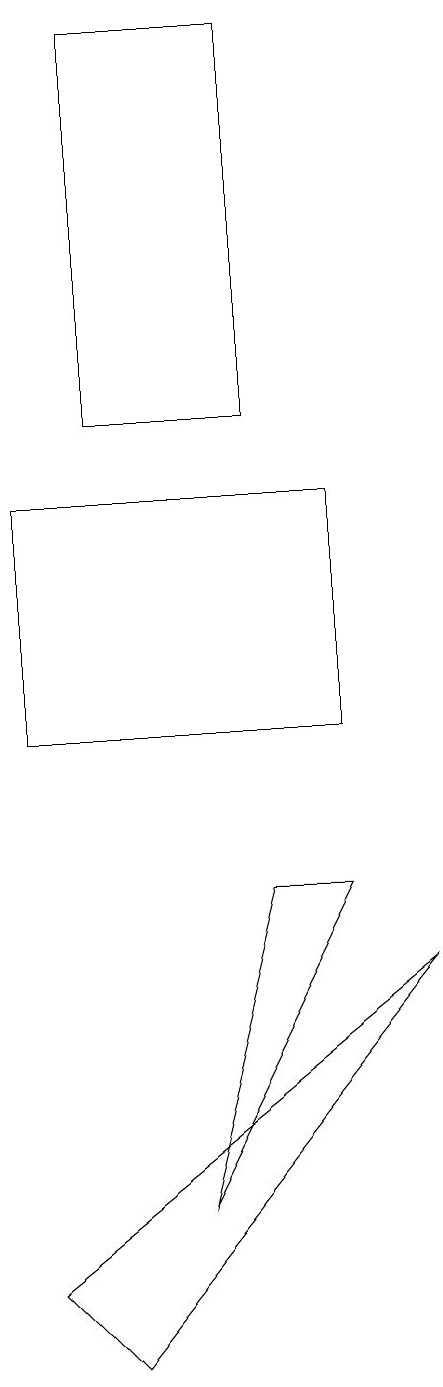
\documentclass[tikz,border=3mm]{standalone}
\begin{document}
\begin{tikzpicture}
\draw (4,8) -- (5,8) -- (3,4) -- cycle;
\draw (5,13) rectangle (1,10);
\draw (1,3) -- (2,2) -- (6,7) -- cycle;
\draw (4,19) rectangle (2,14);
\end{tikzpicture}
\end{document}